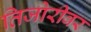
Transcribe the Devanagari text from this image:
तिजोरीवर